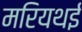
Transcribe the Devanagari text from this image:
मरियथई